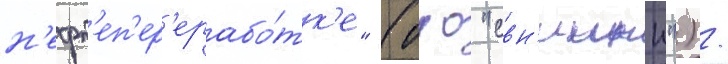
н'ефт'еп'ер'ерабо́тк'е" (оао "свн'иинп") /